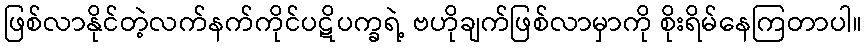
ဖြစ်လာနိုင်တဲ့လက်နက်ကိုင်ပဋိပက္ခရဲ့ ဗဟိုချက်ဖြစ်လာမှာကို စိုးရိမ်နေကြတာပါ။